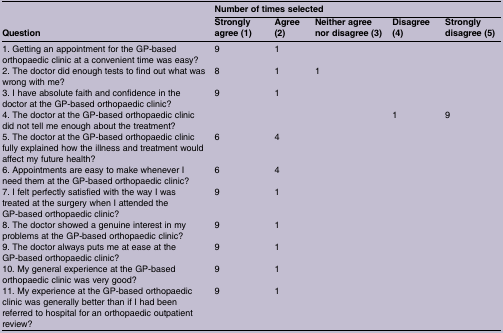
<table><thead><tr><td rowspan="2"><b>Question</b></td><td colspan="5"><b>Number of times selected</b></td></tr><tr><td><b>Strongly agree (1)</b></td><td><b>Agree (2)</b></td><td><b>Neither agree nor disagree (3)</b></td><td><b>Disagree (4)</b></td><td><b>Strongly disagree (5)</b></td></tr></thead><tbody><tr><td>1. Getting an appointment for the GP-based orthopaedic clinic at a convenient time was easy?</td><td>9</td><td>1</td><td></td><td></td><td></td></tr><tr><td>2. The doctor did enough tests to find out what was wrong with me?</td><td>8</td><td>1</td><td>1</td><td></td><td></td></tr><tr><td>3. I have absolute faith and confidence in the doctor at the GP-based orthopaedic clinic?</td><td>9</td><td>1</td><td></td><td></td><td></td></tr><tr><td>4. The doctor at the GP-based orthopaedic clinic did not tell me enough about the treatment?</td><td></td><td></td><td></td><td>1</td><td>9</td></tr><tr><td>5. The doctor at the GP-based orthopaedic clinic fully explained how the illness and treatment would affect my future health?</td><td>6</td><td>4</td><td></td><td></td><td></td></tr><tr><td>6. Appointments are easy to make whenever I need them at the GP-based orthopaedic clinic?</td><td>6</td><td>4</td><td></td><td></td><td></td></tr><tr><td>7. I felt perfectly satisfied with the way I was treated at the surgery when I attended the GP-based orthopaedic clinic?</td><td>9</td><td>1</td><td></td><td></td><td></td></tr><tr><td>8. The doctor showed a genuine interest in my problems at the GP-based orthopaedic clinic?</td><td>9</td><td>1</td><td></td><td></td><td></td></tr><tr><td>9. The doctor always puts me at ease at the GP-based orthopaedic clinic?</td><td>9</td><td>1</td><td></td><td></td><td></td></tr><tr><td>10. My general experience at the GP-based orthopaedic clinic was very good?</td><td>9</td><td>1</td><td></td><td></td><td></td></tr><tr><td>11. My experience at the GP-based orthopaedic clinic was generally better than if I had been referred to hospital for an orthopaedic outpatient review?</td><td>9</td><td>1</td><td></td><td></td><td></td></tr></tbody></table>